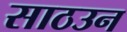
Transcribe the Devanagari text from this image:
साठउन